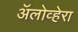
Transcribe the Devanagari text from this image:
ॲलोव्हेरा